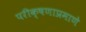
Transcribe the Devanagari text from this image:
परीक्षणाप्रमाणे